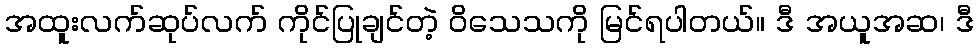
အထူးလက်ဆုပ်လက် ကိုင်ပြုချင်တဲ့ ဝိသေသကို မြင်ရပါတယ်။ ဒီ အယူအဆ၊ ဒီ